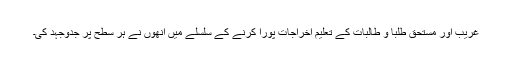
غریب اور مستحق طلبا و طالبات کے تعلیم اخراجات پورا کرنے کے سلسلے میں انھوں نے ہر سطح پر جدوجہد کی۔